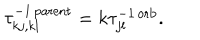
LaTeX: \tau _ { k j , k l } ^ { - 1 \, \mathrm { p a r e n t } } = k \tau _ { j l } ^ { - 1 \, \mathrm { o r b } } .